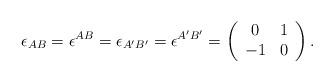
LaTeX: \begin{align*}\epsilon_{AB}=\epsilon^{AB} =\epsilon_{A'B'}=\epsilon^{A'B'} =\left( \begin{array}{cc} 0 & 1 \\ -1 & 0 \end{array} \right).\end{align*}